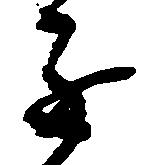
進